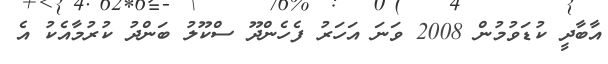
އާބާދީ ކުޑަވުމުން 2008 ވަނަ އަހަރު ފެހެންދޫ ސްކޫލު ބަންދު ކުރުމާއެކު އެ